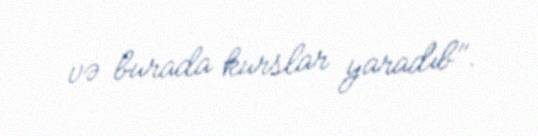
və burada kurslar yaradıb".